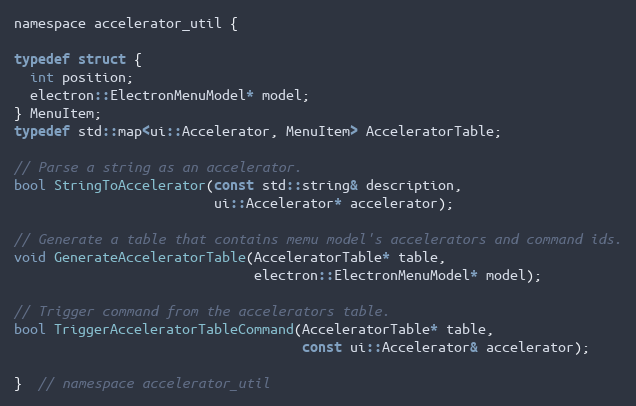
Language: C
namespace accelerator_util {

typedef struct {
  int position;
  electron::ElectronMenuModel* model;
} MenuItem;
typedef std::map<ui::Accelerator, MenuItem> AcceleratorTable;

// Parse a string as an accelerator.
bool StringToAccelerator(const std::string& description,
                         ui::Accelerator* accelerator);

// Generate a table that contains memu model's accelerators and command ids.
void GenerateAcceleratorTable(AcceleratorTable* table,
                              electron::ElectronMenuModel* model);

// Trigger command from the accelerators table.
bool TriggerAcceleratorTableCommand(AcceleratorTable* table,
                                    const ui::Accelerator& accelerator);

}  // namespace accelerator_util